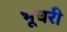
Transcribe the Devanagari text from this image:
भूचरी